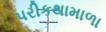
પરીકથામાળા